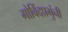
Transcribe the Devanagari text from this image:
गोविंदप्रभुंनी